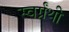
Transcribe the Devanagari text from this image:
स्वर्ग्रंथी